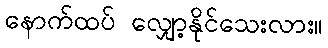
နောက်ထပ် လျှော့နိုင်သေးလား။